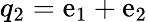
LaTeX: q_{2}=\mathrm{e}_{1}+\mathrm{e}_{2}